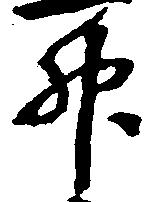
升